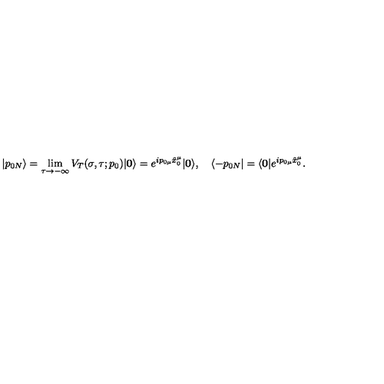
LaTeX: | p _ { 0 N } \rangle = \lim _ { \tau \rightarrow - \infty } V _ { T } ( \sigma , \tau ; p _ { 0 } ) | \mathbf { 0 } \rangle = e ^ { i p _ { 0 \mu } \hat { x } _ { 0 } ^ { \mu } } | \mathbf { 0 } \rangle , \quad \langle - p _ { 0 N } | = \langle \mathbf { 0 } | e ^ { i p _ { 0 \mu } \hat { x } _ { 0 } ^ { \mu } } .